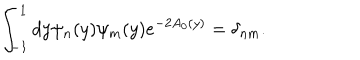
LaTeX: \int _ { - 1 } ^ { 1 } d y \psi _ { n } ( y ) \psi _ { m } ( y ) e ^ { - 2 A _ { 0 } ( y ) } = \delta _ { n m } .